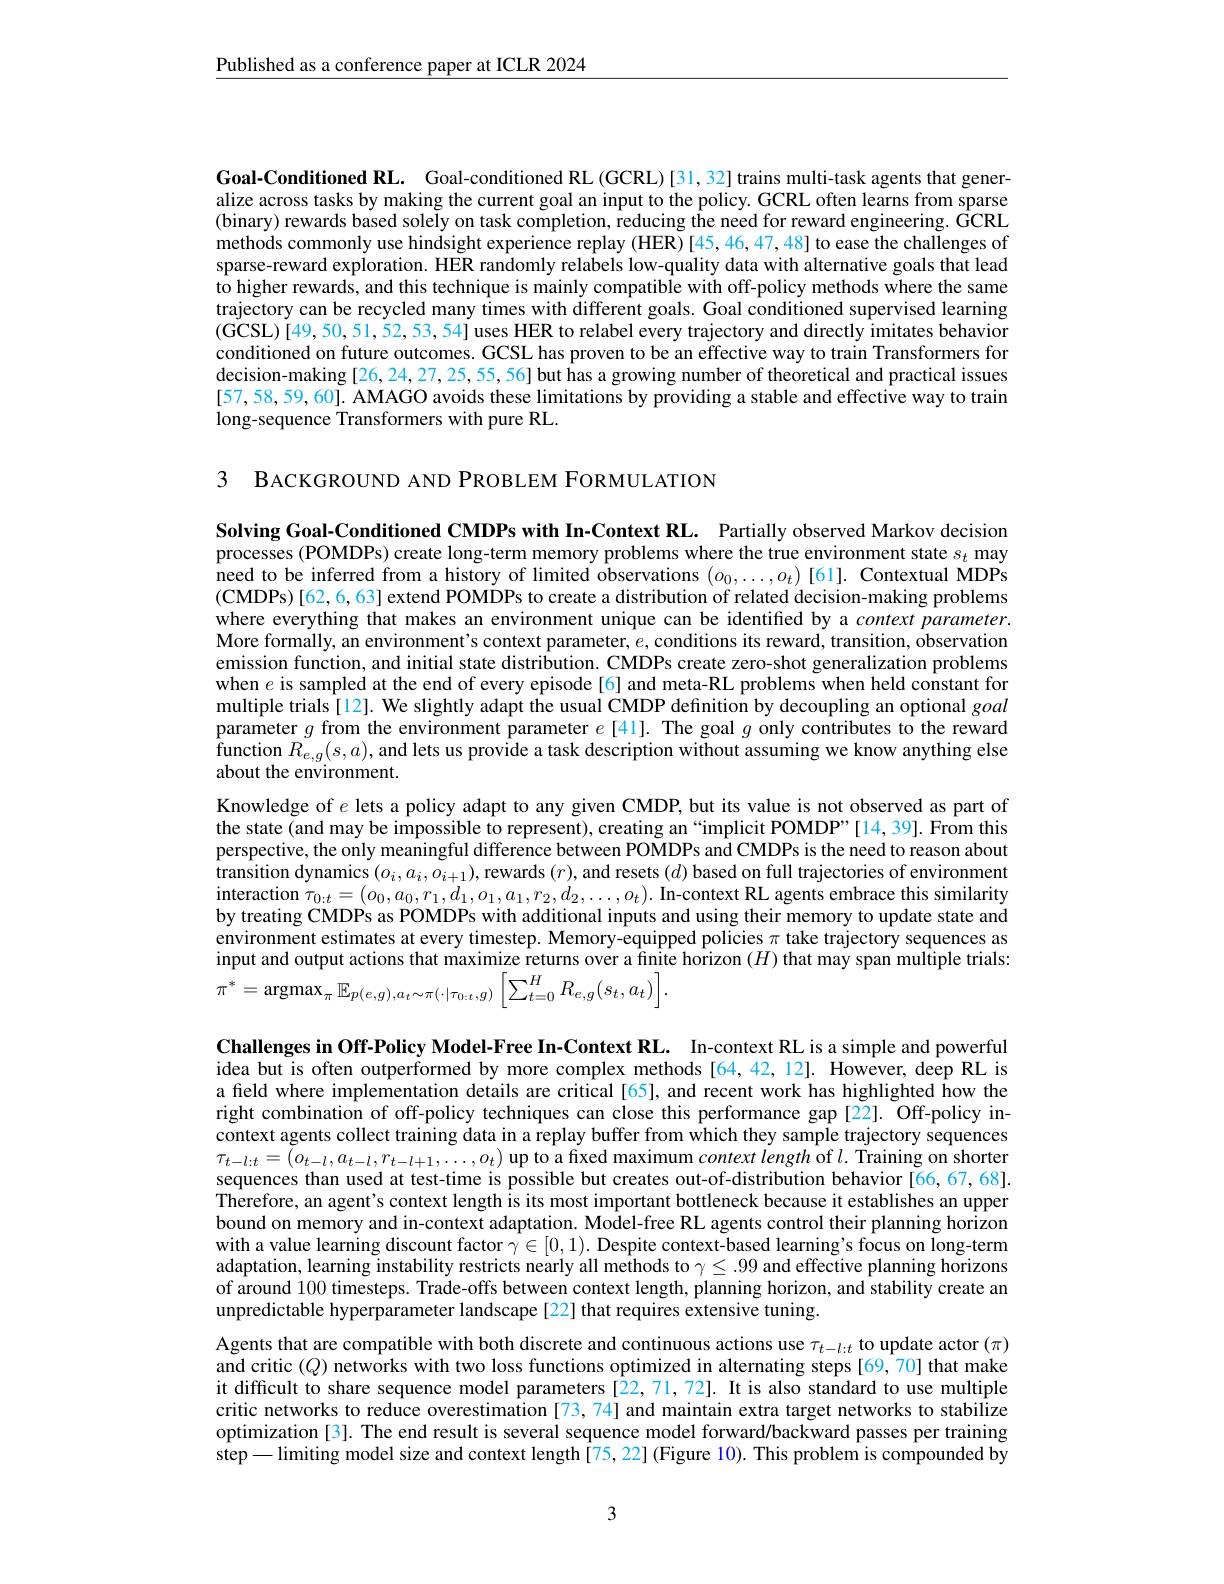
$\underline{\text{Published as a conference paper at ICLR 2024}}$

Goal-Conditioned RL. Goal-conditioned RL (GCRL)[31,32] trains multi-task agents that generalize across tasks by making the current goal an input to the policy. GCRL often learns from sparse (binary) rewards based solely on task completion, reducing the need for reward engineering. GCRL methods commonly use hindsight experience replay (HER)[45,46,47,48] to ease the challenges of sparse-reward exploration. HER randomly relabels low-quality data with alternative goals that lead $\hat{\text{to higher rewards, and this technique is mainly compatible with off-policy methods where the same}}$ trajectory can be recycled many times with different goals. Goal conditioned supervised learning (GCSL)[49,50,51,52,53,54] uses HER to relabel every trajectory and directly imitates behavior conditioned on future outcomes. GCSL has proven to be an effective way to train Transformers for decision-making [26,24,27,25,55,56] but has a growing number of theoretical and practical issues [57,58,59,60]. AMAGO avoids these limitations by providing a stable and effective way to train long-sequence Transformers with pure RL.

3 BACKGROUND AND PROBLEM FORMULATION

Solving Goal-Conditioned CMDPs with In-Context RL. Partially observed Markov decision processes (POMDPs) create long-term memory problems where the true environment state $s_t$ may need to be inferred from a history of limited observations $(o_0,\ldots,o_t)[61].$ Contextual MDPs $(\mathbf{CMDPs})[62,6,63]$ extend POMDPs to create a distribution of related decision-making problems where everything that makes an environment unique can be identified by a context parameter. More formally, an environment's context parameter, $e$, conditions its reward, transition, observation emission function, and initial state distribution. CMDPs create zero-shot generalization problems when $e$ is sampled at the end of every episode[6] and meta-RL problems when held constant for multiple trials[12]. We slightly adapt the usual CMDP defnition by decoupling an optional goal parameter $g$ from the environment parameter $e$ [41]. The goal $g$ only contributes to the reward $\begin{array}{l}{\text{function }R_{e,g}(s,a),\text{and lets us provide a task description without assuming we know anything else}}\\{\text{function }R_{e,g}(s,a),\text{and lets us provide a task description without assuming we know anyth}}\\{\text{function }R_{e,g}(s,a),\text{and lets us provide}}\end{array}$ about the environment.
Knowledge of $e$ lets a policy adapt to any given CMDP, but its value is not observed as part of the state (and may be impossible to represent), creating an“implicit POMDP”[14,39]. From this perspective, the only meaningful difference between POMDPs and CMDPs is the need to reason about transition dynamics $(o_i,a_i,o_{i+1})$,rewards $(r)$,and resets $(d)$ based on full trajectories of environment interaction $\tau _{0: t}= ( o_{0}, a_{0}, r_{1}, d_{1}, o_{1}, a_{1}, r_{2}, d_{2}, \ldots , o_{t}) .$ In- context RL agents embrace this similarity Graction $\tau _{0: t}= ( o_{0}, a_{0}, r_{1}, d_{1}, o_{1}, a_{1}, r_{2}, d_{2}, \ldots , o_{t}) .$ In- context RL agens embrace this similarity by treating CMDPs as POMDPs with additional inputs and using their memory to update state and environment estimates at every timestep. Memory-equipped policies $\pi$ take trajectory sequences as input and output actions that maximize returns over a finite horizon $(H)$ that may span multiple trials:
$$\pi^{*}=\operatorname{argmax}_{\pi}\mathbb{E}_{p(e,g),a_{t}\sim\pi(\cdot|\tau_{0:t},g)}\left[\sum_{t=0}^{H}R_{e,g}(s_{t},a_{t})\right].$$
Challenges in Off-Policy Model-Free In-Context RL. In-context RL is a simple and powerful idea but is often outperformed by more complex methods[64,42,12]. However, deep RL is a field where implementation details are critical[65], and recent work has highlighted how the right combination of off-policy techniques can close this performance gap [22]. Off-policy incontext agents collect training data in a replay buffer from which they sample trajectory sequences $\tau_{t-l:t}=(o_{t-l},a_{t-l},r_{t-l+1},\ldots,o_{t})$ up to a fixed maximum $context\textit{length of }l.$ Training on shorter sequences than used at test-time is possible but creates out-of-distribution behavior[66,67,68]. Therefore, an agent's context length is its most important bottleneck because it establishes an upper bound on memory and in-context adaptation. Model-free RL agents control their planning horizon with a value learning discount factor $\gamma\in[0,1).$ Despite context-based learning's focus on long-term adaptation, learning instability restricts nearly all methods to $\gamma\leq.99$ and effective planning horizons $\hat{\text{of around }100\text{ timesteps. Trade-offs between context length, planning horizon, and stability create an}}$ unpredictable hyperparameter landscape[22] that requires extensive tuning.

Agents that are compatible with both discrete and continuous actions use $\tau_{t-l:t}$ to update actor $(\pi)$ and critic $(Q)$ networks with two loss functions optimized in alternating steps[69,70] that make it difficult to share sequence model parameters[22,71,72]. It is also standard to use multiple critic networks to reduce overestimation [73, 74] and maintain extra target networks to stabilize optimization [3]. The end result is several sequence model forward/backward passes per training step— limiting model size and context length [75,22] (Figure 10). This problem is compounded by

3